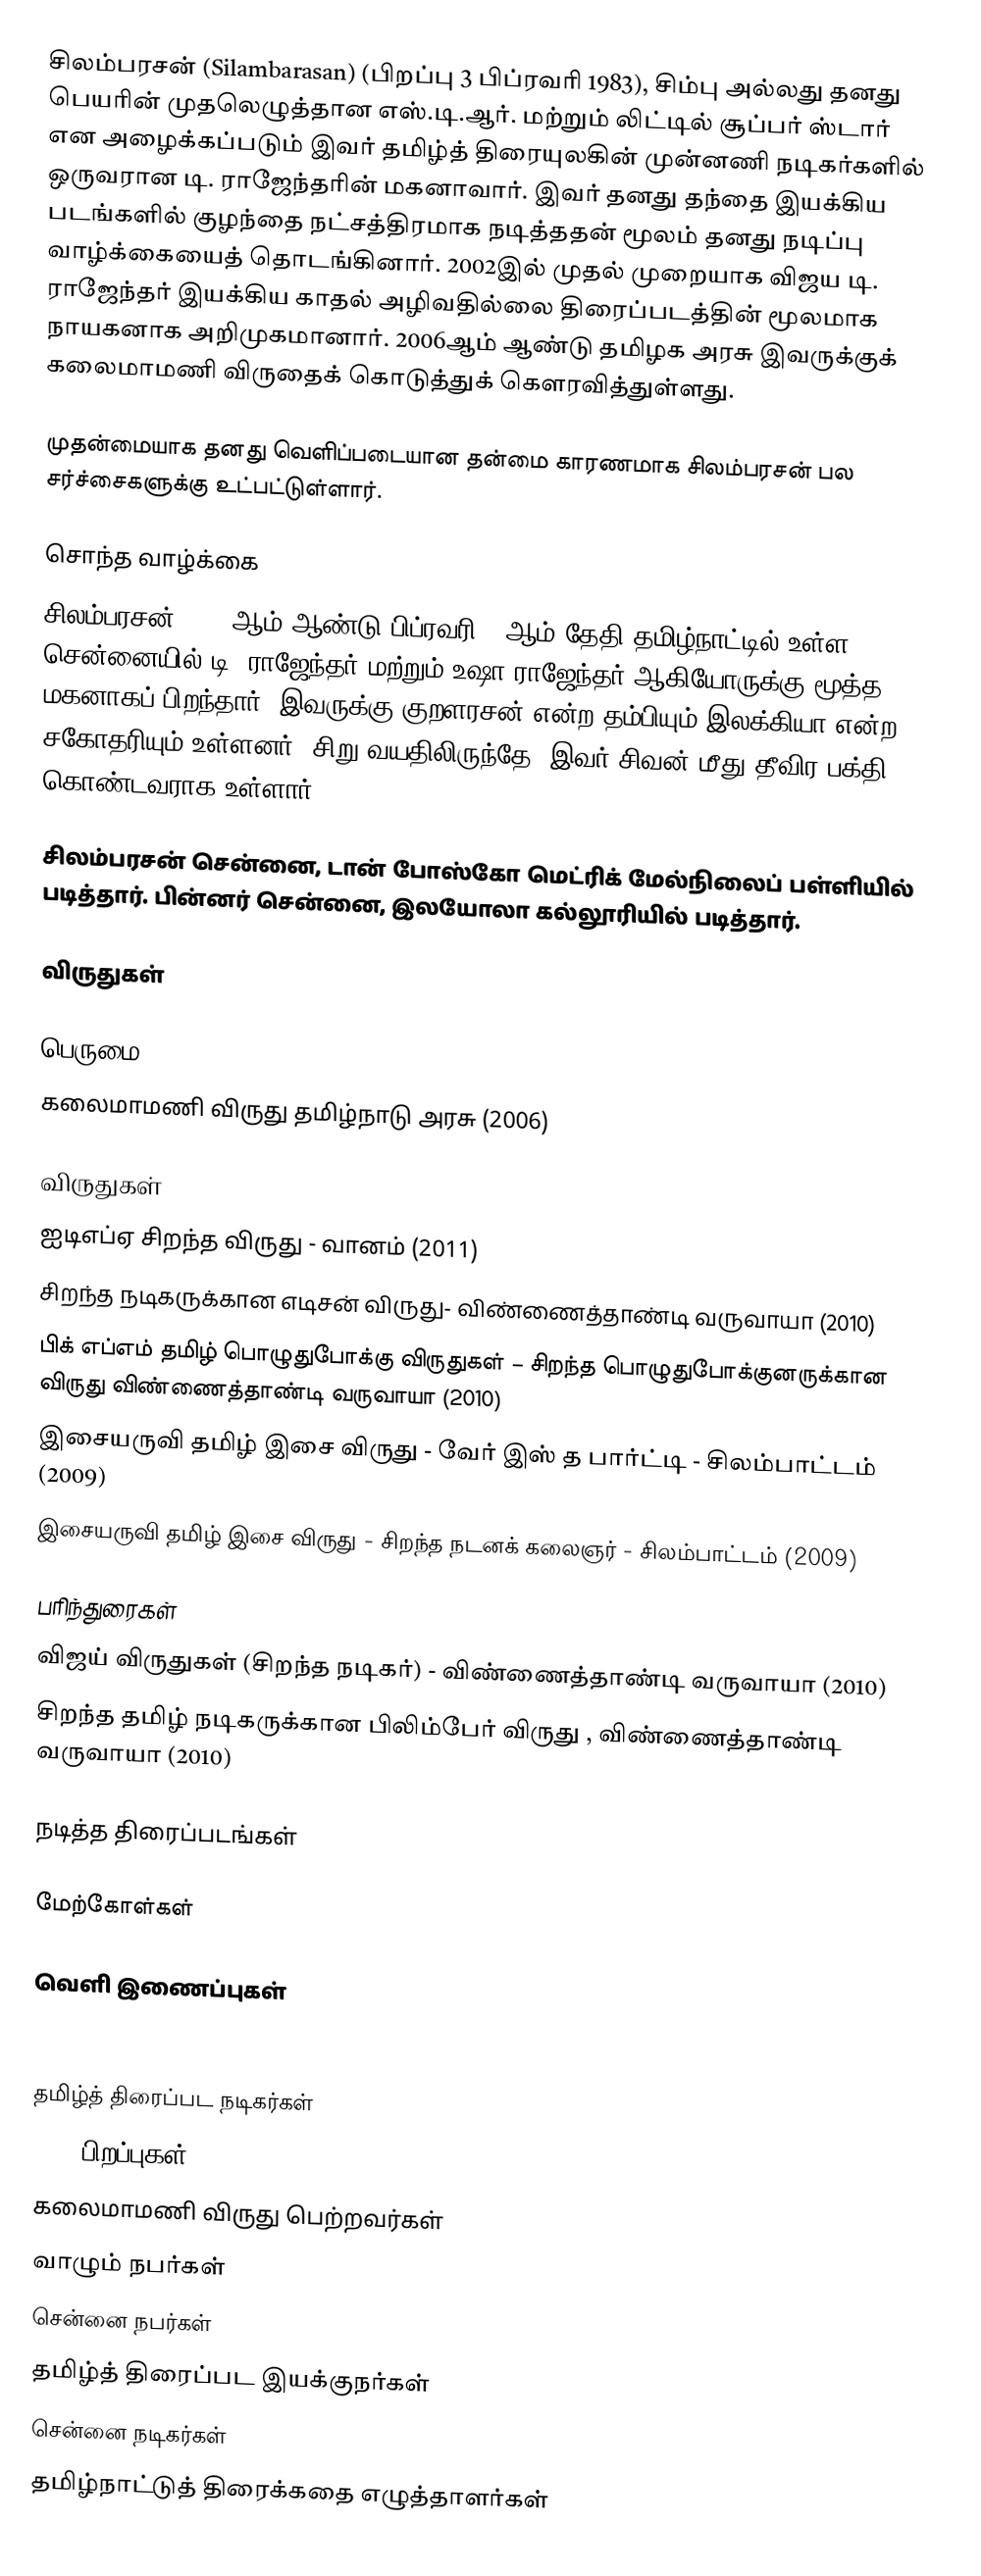
சிலம்பரசன் (Silambarasan) (பிறப்பு 3 பிப்ரவரி 1983), சிம்பு அல்லது தனது பெயரின் முதலெழுத்தான எஸ்.டி.ஆர். மற்றும் லிட்டில் சூப்பர் ஸ்டார் என அழைக்கப்படும் இவர் தமிழ்த் திரையுலகின் முன்னணி நடிகர்களில் ஒருவரான டி. ராஜேந்தரின் மகனாவார். இவர் தனது தந்தை இயக்கிய படங்களில் குழந்தை நட்சத்திரமாக நடித்ததன் மூலம் தனது நடிப்பு வாழ்க்கையைத் தொடங்கினார். 2002இல் முதல் முறையாக விஜய டி. ராஜேந்தர் இயக்கிய காதல் அழிவதில்லை திரைப்படத்தின் மூலமாக நாயகனாக அறிமுகமானார். 2006ஆம் ஆண்டு தமிழக அரசு இவருக்குக் கலைமாமணி விருதைக்  கொடுத்துக் கௌரவித்துள்ளது.

முதன்மையாக தனது வெளிப்படையான தன்மை காரணமாக சிலம்பரசன் பல சர்ச்சைகளுக்கு உட்பட்டுள்ளார்.

சொந்த வாழ்க்கை
சிலம்பரசன் 1983 ஆம் ஆண்டு பிப்ரவரி 3 ஆம் தேதி தமிழ்நாட்டில் உள்ள சென்னையில் டி. ராஜேந்தர் மற்றும் உஷா ராஜேந்தர் ஆகியோருக்கு மூத்த மகனாகப் பிறந்தார். இவருக்கு குறளரசன் என்ற தம்பியும் இலக்கியா என்ற சகோதரியும் உள்ளனர். சிறு வயதிலிருந்தே, இவர் சிவன் மீது தீவிர பக்தி கொண்டவராக உள்ளார்.

சிலம்பரசன் சென்னை, டான் போஸ்கோ மெட்ரிக் மேல்நிலைப் பள்ளியில் படித்தார். பின்னர் சென்னை, இலயோலா கல்லூரியில் படித்தார்.

விருதுகள்

பெருமை
 கலைமாமணி விருது தமிழ்நாடு அரசு (2006)

விருதுகள்
 ஐடிஎப்ஏ சிறந்த விருது - வானம் (2011)
 சிறந்த நடிகருக்கான எடிசன் விருது- விண்ணைத்தாண்டி வருவாயா (2010)
 பிக் எப்எம் தமிழ் பொழுதுபோக்கு விருதுகள் – சிறந்த பொழுதுபோக்குனருக்கான விருது விண்ணைத்தாண்டி வருவாயா (2010)
 இசையருவி தமிழ் இசை விருது - வேர் இஸ் த பார்ட்டி - சிலம்பாட்டம் (2009)
 இசையருவி தமிழ் இசை விருது - சிறந்த நடனக் கலைஞர் - சிலம்பாட்டம் (2009)

பரிந்துரைகள்
விஜய் விருதுகள் (சிறந்த நடிகர்) - விண்ணைத்தாண்டி வருவாயா (2010)
சிறந்த தமிழ் நடிகருக்கான பிலிம்பேர் விருது , விண்ணைத்தாண்டி வருவாயா (2010)

நடித்த திரைப்படங்கள்

மேற்கோள்கள்

வெளி இணைப்புகள்

தமிழ்த் திரைப்பட நடிகர்கள்
1983 பிறப்புகள்
கலைமாமணி விருது பெற்றவர்கள்
வாழும் நபர்கள்
சென்னை நபர்கள்
தமிழ்த் திரைப்பட இயக்குநர்கள்
சென்னை நடிகர்கள்
தமிழ்நாட்டுத் திரைக்கதை எழுத்தாளர்கள்